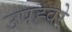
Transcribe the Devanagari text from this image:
उपह्वरे